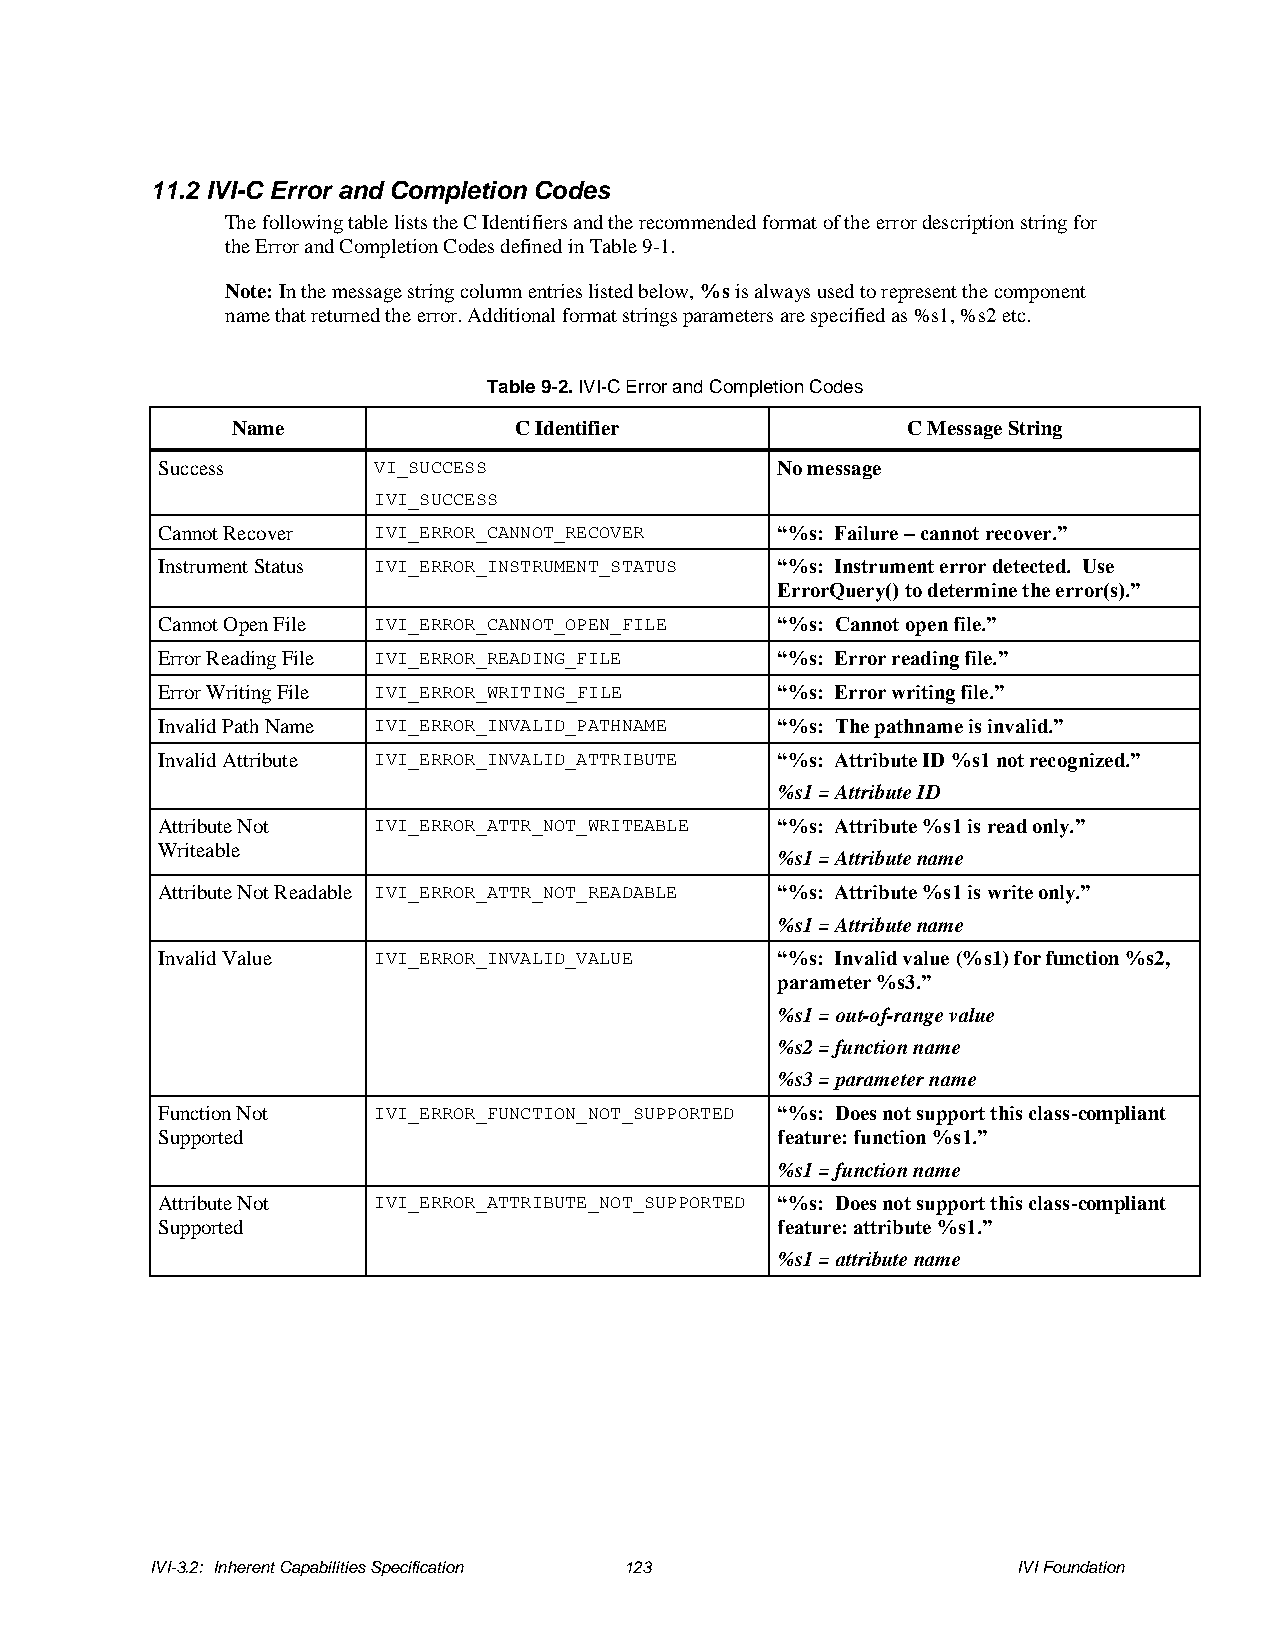
11.2 IVI-C Error and Completion Codes
 The following table lists the C Identifiers and the recommended format of the error description string for
 the Error and Completion Codes defined in Table 9-1.
 Note: In the message string column entries listed below, %s is always used to represent the component
 name that returned the error. Additional format strings parameters are specified as %s1, %s2 etc.
 Table 9-2. IVI-C Error and Completion Codes
 Name               C Identifier              C Message String
 Success        VI_SUCCESS                No message
 IVI_SUCCESS
 Cannot Recover IVI_ERROR_CANNOT_RECOVER  “%s: Failure – cannot recover.”
 Instrument Status IVI_ERROR_INSTRUMENT_STATUS “%s: Instrument error detected. Use
 ErrorQuery() to determine the error(s).”
 Cannot Open File IVI_ERROR_CANNOT_OPEN_FILE “%s: Cannot open file.”
 Error Reading File IVI_ERROR_READING_FILE “%s: Error reading file.”
 Error Writing File IVI_ERROR_WRITING_FILE “%s: Error writing file.”
 Invalid Path Name IVI_ERROR_INVALID_PATHNAME “%s: The pathname is invalid.”
 Invalid Attribute IVI_ERROR_INVALID_ATTRIBUTE “%s: Attribute ID %s1 not recognized.”
 %s1 = Attribute ID
 Attribute Not  IVI_ERROR_ATTR_NOT_WRITEABLE “%s: Attribute %s1 is read only.”
 Writeable
 %s1 = Attribute name
 Attribute Not Readable IVI_ERROR_ATTR_NOT_READABLE “%s: Attribute %s1 is write only.”
 %s1 = Attribute name
 Invalid Value  IVI_ERROR_INVALID_VALUE   “%s: Invalid value (%s1) for function %s2,
 parameter %s3.”
 %s1 = out-of-range value
 %s2 = function name
 %s3 = parameter name
 Function Not   IVI_ERROR_FUNCTION_NOT_SUPPORTED “%s: Does not support this class-compliant
 Supported                                feature: function %s1.”
 %s1 = function name
 Attribute Not  IVI_ERROR_ATTRIBUTE_NOT_SUPPORTED “%s: Does not support this class-compliant
 Supported                                feature: attribute %s1.”
 %s1 = attribute name
 IVI-3.2: Inherent Capabilities Specification 123         IVI Foundation